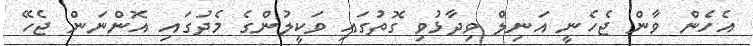
އެހެން ވާން ޖެހެނީ އަނިލް ވިދާޅުވި ގޮތުގައި ވަކީލުންގެ މެދުގައި އޮންނަން ޖެހޭ